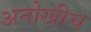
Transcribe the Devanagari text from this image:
अनोखीच